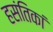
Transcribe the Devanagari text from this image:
हसंतिकां